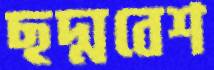
ছদ্মবেশ